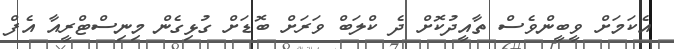
އެކަމަށް ވީބީންވެސް ތާއީދުކޮށް ދެ ކްލަބް ވަރަށް ބޮޑަށް ގުޅިގެން މިނިސްޓްރީއާ އެފް